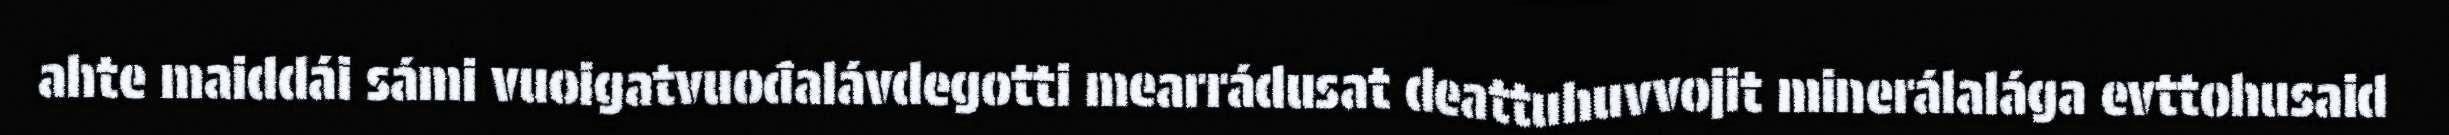
ahte maiddái sámi vuoigatvuođalávdegotti mearrádusat deattuhuvvojit minerálalága evttohusaid